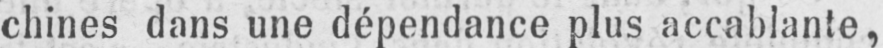
chines dans une dépendance plus accablante,